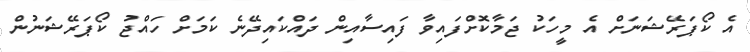
އެ ކޯޕަރޭޝަނަށް އެ މީހަކު ޖަމާކޮށްފައިވާ ފައިސާއިން ދައްކައިދޭނެ ކަމަށް ހައްޖު ކޯޕަރޭޝަނުން